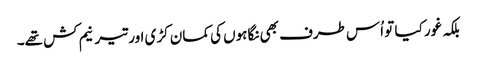
بلکہ غور کیا تو اُس طرف بھی نگاہوں کی کمان کڑی اور تیر نیم کش تھے۔